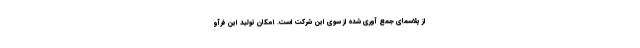
از پلاسمای جمع آوری شده از سوی این شرکت است. امکان تولید این فرآو